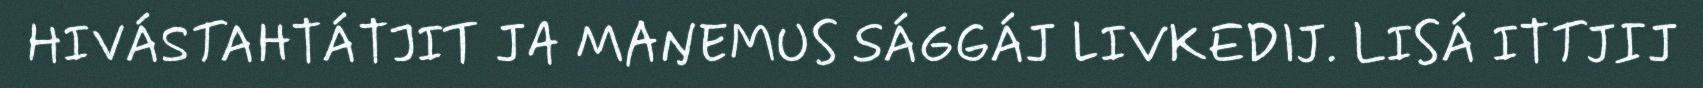
HIVÁSTAHTÁTJIT JA MAŊEMUS SÁGGÁJ LIVKEDIJ. LISÁ ITTJIJ